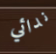
ندائي